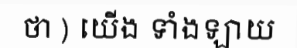
ថា ) យើង ទាំងឡាយ